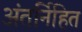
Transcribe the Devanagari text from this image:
अंतर्निहित